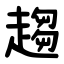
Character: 趨